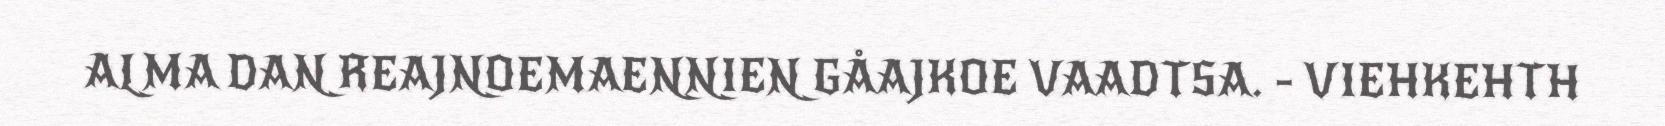
ALMA DAN REAJNOEMAENNIEN GÅAJKOE VAADTSA. - VIEHKEHTH